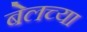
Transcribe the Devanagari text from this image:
बेलच्या